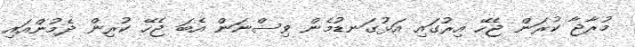
މުރާޖާ ކުރަން ޖެހޭ އިރުގައި އަޅުގަނޑުމެން ވިސްނަން އެބަ ޖެހޭ ކުރިން ދެމުންއައި